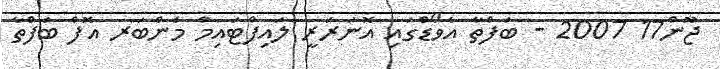
ޖޫން17 2007 - ބަފްތާ އެވޯޑްގައި އޮނަރަރީ ލައިފްޓައިމް މެންބަރ އޮފް ބަފްތާ